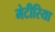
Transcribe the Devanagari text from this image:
मेटीरिया